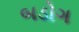
બડોગ